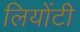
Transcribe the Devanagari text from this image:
लियोंटी